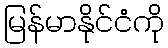
မြန်မာနိုင်ငံကို